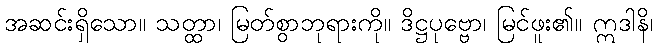
အဆင်းရှိသော။ သတ္ထာ၊ မြတ်စွာဘုရားကို။ ဒိဋ္ဌပုဗ္ဗော၊ မြင်ဖူး၏။ ဣဒါနိ၊